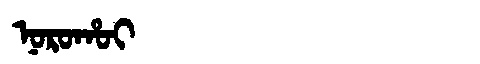
Manchu: ᠨᠣᡵᠣᡥᠣᡳ
Romanization: NOROHOI